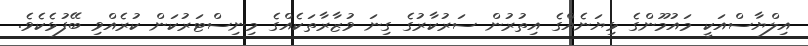
އިލްޔާސްއަކީ މައުމޫންގެ ޅިޔަނެއްގެ އިތުރުން ސަރުކާރުގެ ގިނަ ވުޒާރާތަކެއްގެ މިނިސްޓަރުކަން ކުރެއްވި ބޭފުޅެކެވެ.